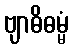
ဗျာဓိဓမ္မံ